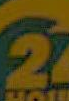
2